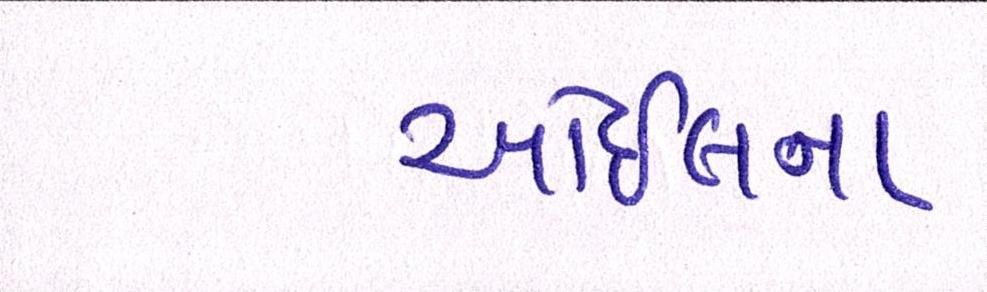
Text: ઓઇલના